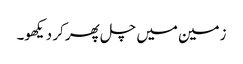
زمین میں چل پھر کر دیکھو۔